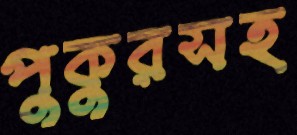
পুকুরসহ